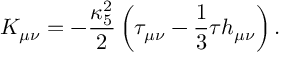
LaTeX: K _ { \mu \nu } = - \frac { \kappa _ { 5 } ^ { 2 } } { 2 } \left( \tau _ { \mu \nu } - \frac { 1 } { 3 } \tau h _ { \mu \nu } \right) .